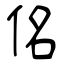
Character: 佲